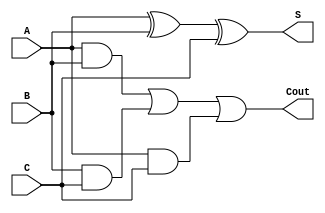
module full_adder(S,Cout,A,B,C);
    input A,B,C;
    output S,Cout;
    assign S=A^B^C;
    assign Cout=(A&B)|(B&C)|(A&C);
endmodule